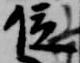
位